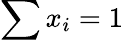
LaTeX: \sum x_{i}=1